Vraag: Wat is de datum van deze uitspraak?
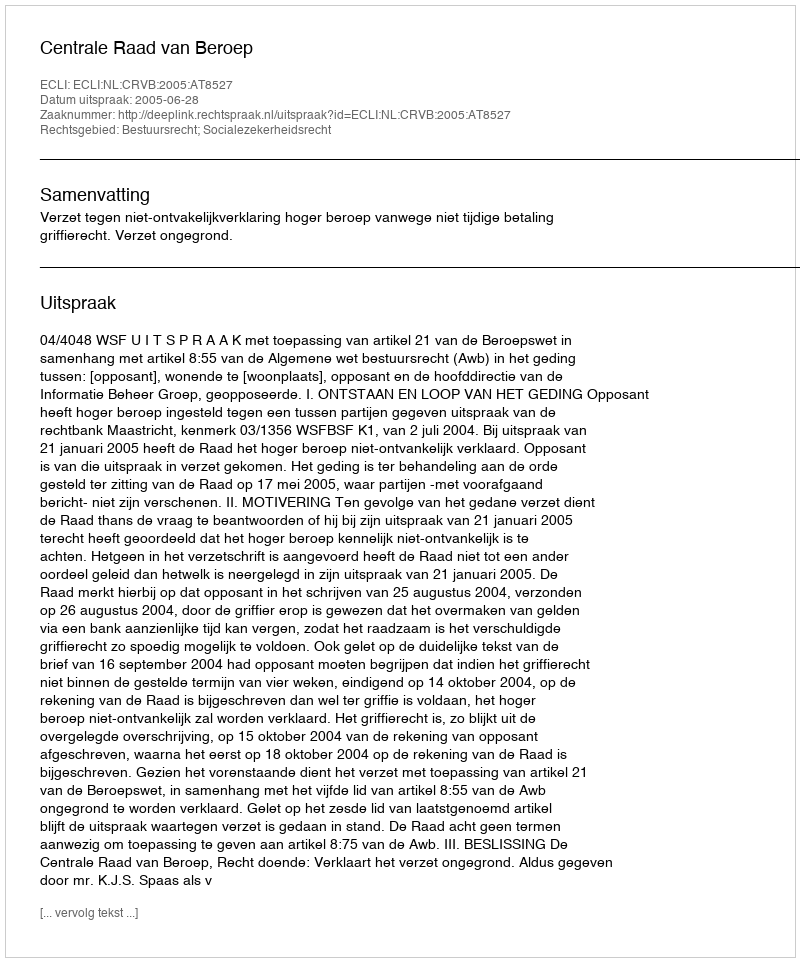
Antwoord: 2005-06-28